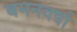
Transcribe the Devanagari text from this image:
बमनवर्षा